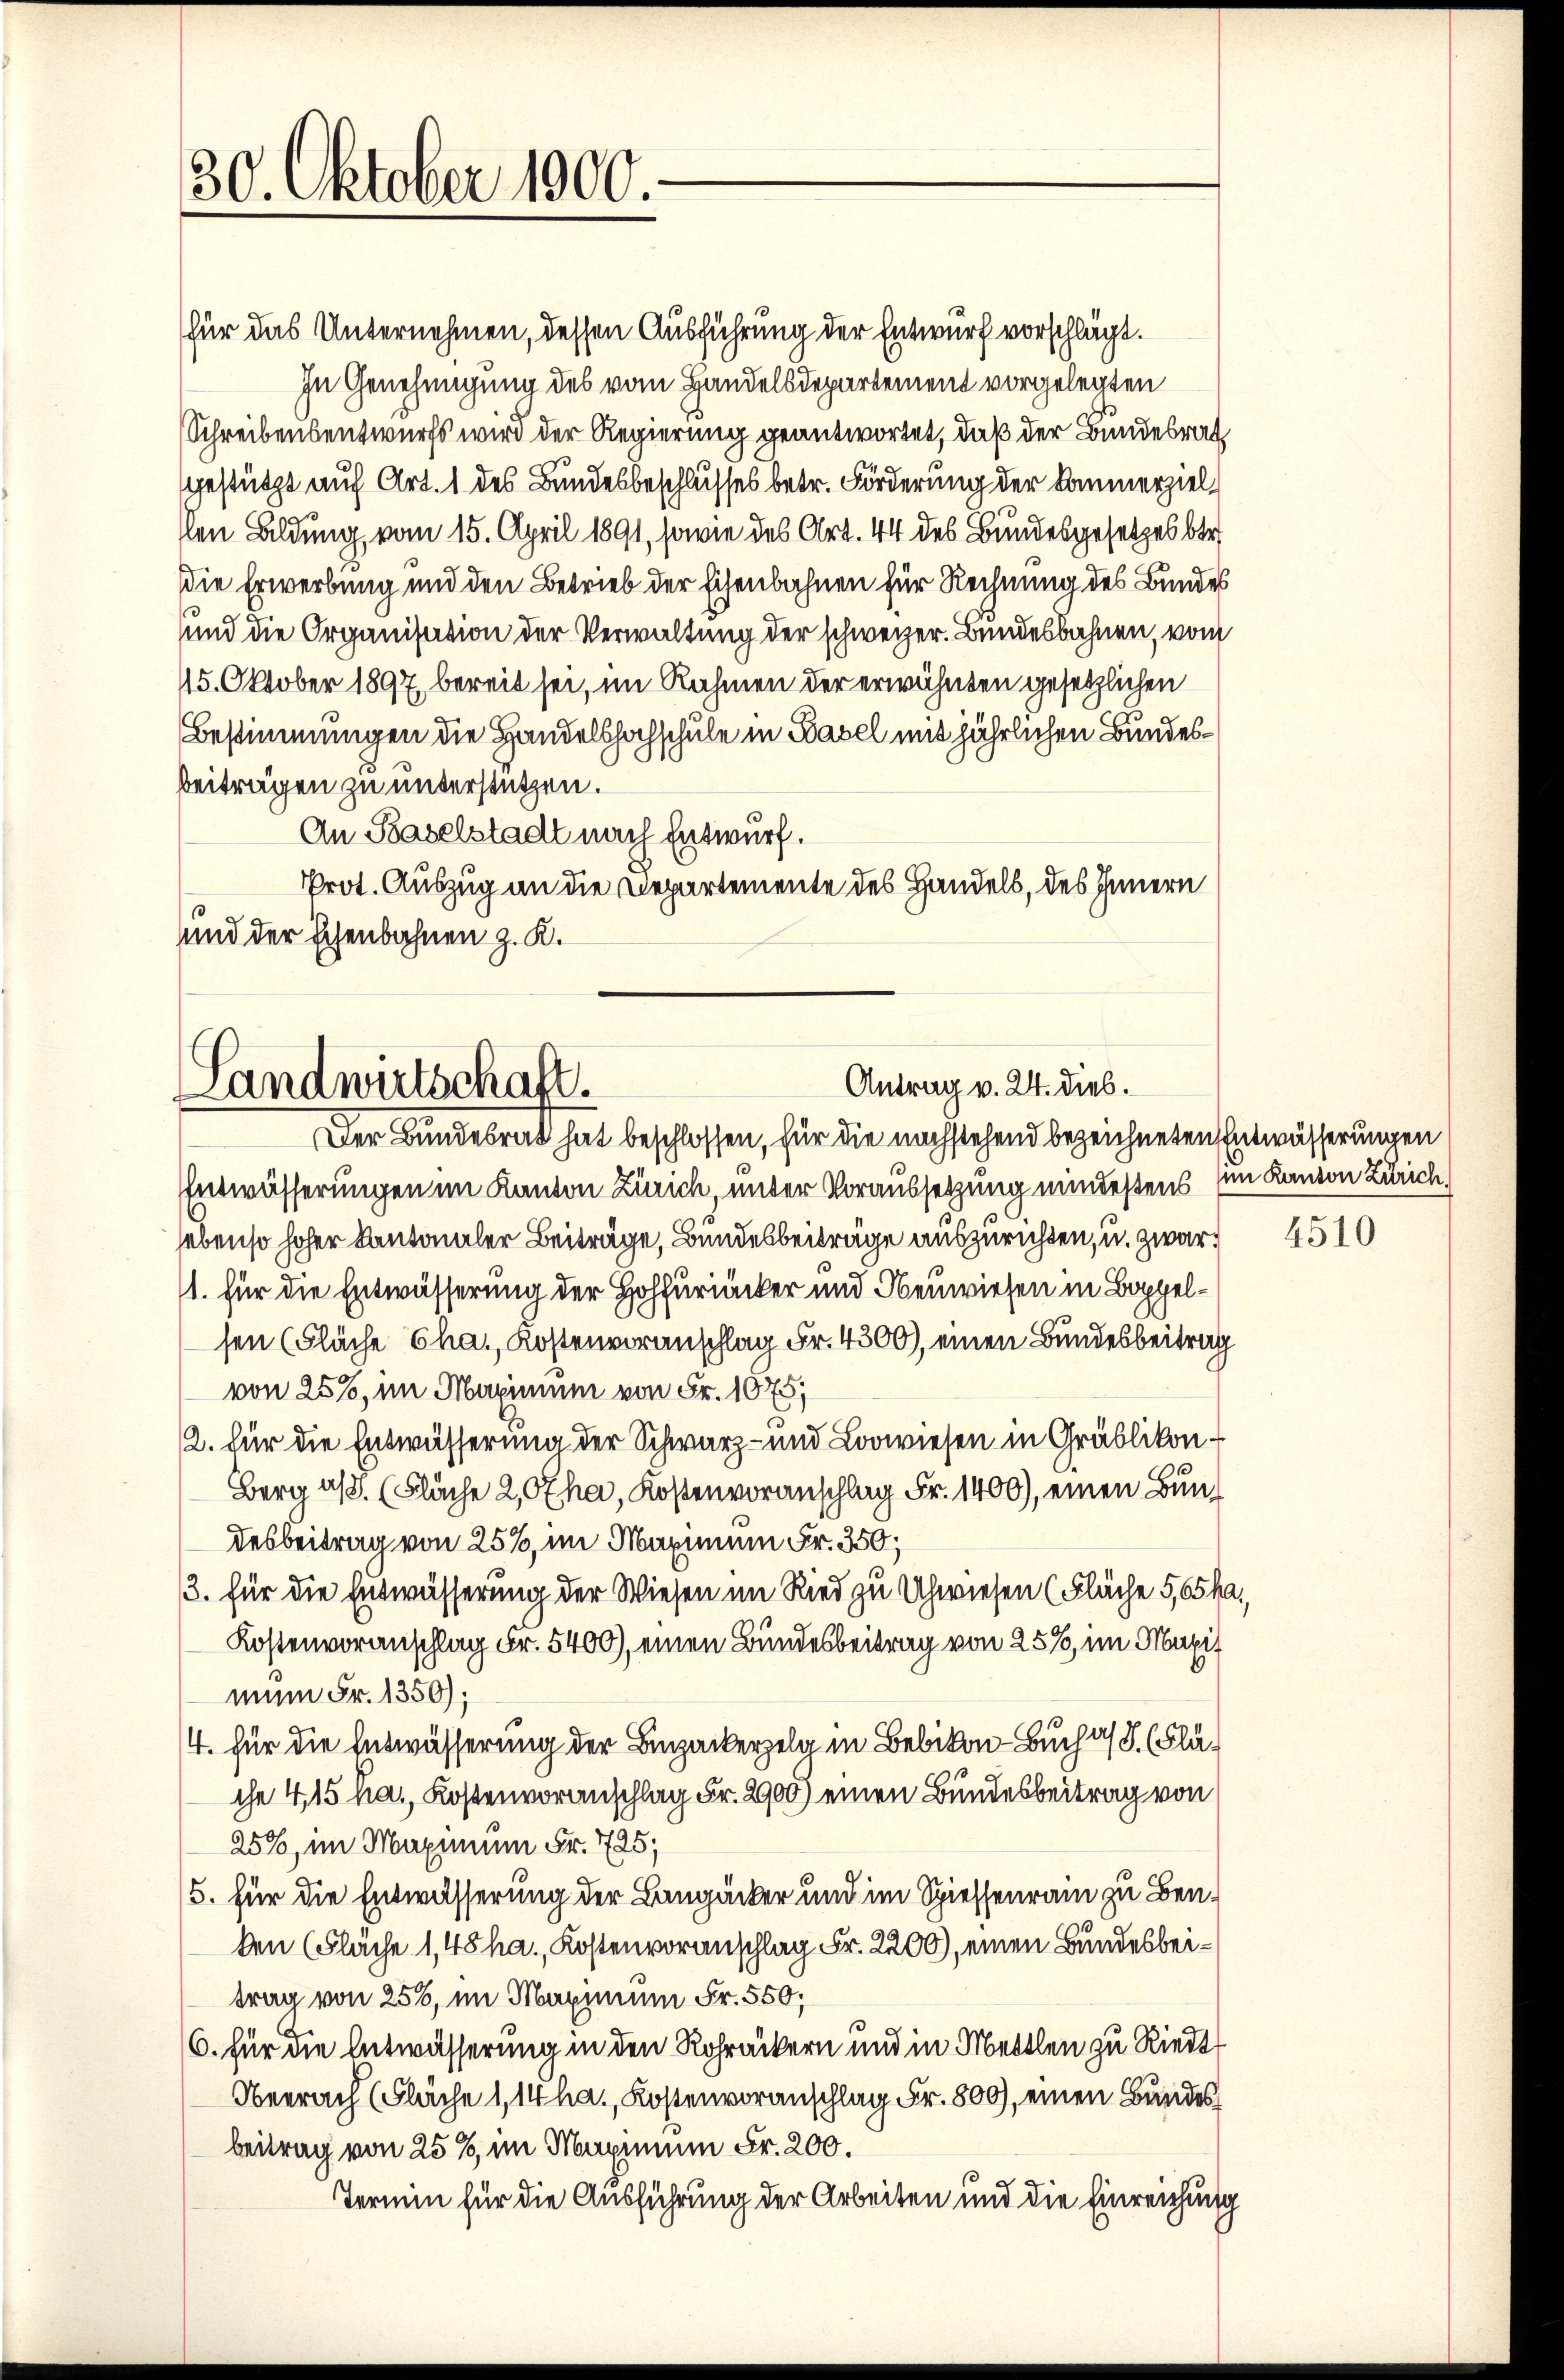
30. Oktober 1900.

für das Unternehmen, dessen Ausführung der Entwurf vorschlägt.
In Genehmigung des vom Handelsdepartement vorgelegten
Schreibensentwurfs wird der Regierung geantwortet, daß der Bundesrat
Gestützt auf Art. 1 des Bundesbeschlusses betr. Förderung der Kommerziellen Bildung, vom 15. April 1891, sowie des Art. 44 des Bundesgesetzes ber
die Erwerbung und den Betrieb der Eisenbahnen für Rechnung des Bundes
und die Organisation der Verwaltung der schweizer. Bundesbahnen, vom
15. Oktober 1897, bereit sei, im Rahmen der erwähnten gesetzlichen
Bestimmungen die Handelshochschule in Basel mit jährlichen Bundesbeiträgen zu unterstützen.
An Baselstadt nach Entwurf.
Prot. Auszug an die Departemente des Handels, des Innern
und der schenbahnen z. K.

Antrag v. 24. dieb.
Landwirtschaft.
Der Bundesrat hat beschlossen, für die nachstehend bezeichneten Entwässerungen

Entwässerungen im Kanton Zürich, unter Voraussetzung mindestens im Kanton Zürich,
sebenso hoher Kantonaler Beiträge, Bundesbeiträge auszurichten, u. zwar,
1. für die Entwässerung der Hoffurucker und Neuwiesen in Boppelsen (Fläche Cha., Kostenvoranschlag Fr. 4300), einen Bundesbeitrag
von 25%, im Maximum von Fr. 1675;
2. für die Entwässerung der Schwarz- und Lorwiesen in Gräblikon
Berg a/d. (Fläche 2, Otha, Kostenvoranschlag Fr. 1400), einen Bundesbeitrag von 25%, im Maximum Fr. 350;
/3. für die Entwässerung der Wiesen im Ried zu Uhwiesen (Fläche 5, 65 ha.
Kostenvoranschlag Fr. 5400), einen Bundesbeitrag von 25%, im Maxif
mun Fr. 1350);
/4. für die Entwässerung der Binzackerzelg in Bebikon - Buch a/S. (Fläche 4,15 ha., Kostenvoranschlag Fr. 2900) einen Bundesbeitrag von
25%, im Maximum Fr. 725;
5. für die Entwässerung der Baugäcker und im Spiessenrain zu Benken (Fläche 1,48 ha., Kostenvoranschlag Fr. 2200), einen Bundesbeitrag von 256, im Maximum Fr. 550,
6. für die Entwässerung in den Rohräckern und in Mettlen zu Riedt
Neerach (Fläche 1, 14 ha., Kostenvoranschlag Fr. 800), einen Bundesbeitrag von 25%, im Maximum Fr. 200.
Termin für die Ausführung der Arbeiten und die Einreichung

4510